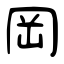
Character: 岡